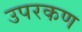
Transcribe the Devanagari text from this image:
उपरकण